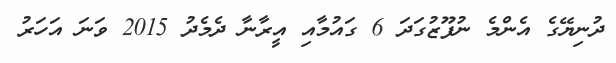
ދުނިޔޭގެ އެންމެ ނުފޫޒުގަދަ 6 ގައުމާއި އީރާނާ ދެމެދު 2015 ވަނަ އަހަރު